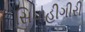
સિપાહીગીરી